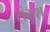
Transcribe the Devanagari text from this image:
संकुश